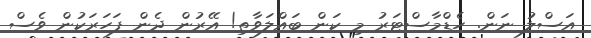
އަސްލު ނަން. ހެޑްމާސްޓަރު މި ކަން ބައްލަވާތި! އޭރުން ދެން ފަހަރަކުން ވެސް